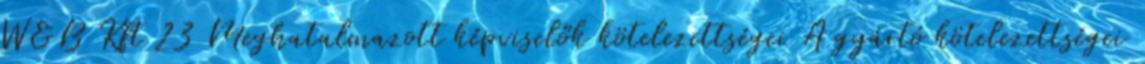
W&B Kft 23 Meghatalmazott képviselők kötelezettségei A gyártó kötelezettségei